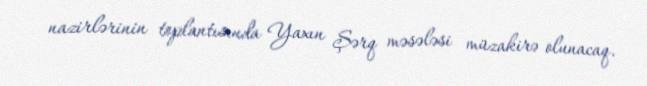
nazirlərinin toplantısında Yaxın Şərq məsələsi müzakirə olunacaq.